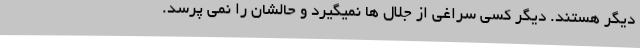
دیگر هستند. دیگر کسی سراغی از جلال ها نمیگیرد و حالشان را نمی پرسد.